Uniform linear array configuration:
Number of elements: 4
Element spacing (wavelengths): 0.5
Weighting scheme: uniform
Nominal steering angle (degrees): -15
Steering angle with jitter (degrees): -14.134
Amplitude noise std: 0.05
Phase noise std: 0.05

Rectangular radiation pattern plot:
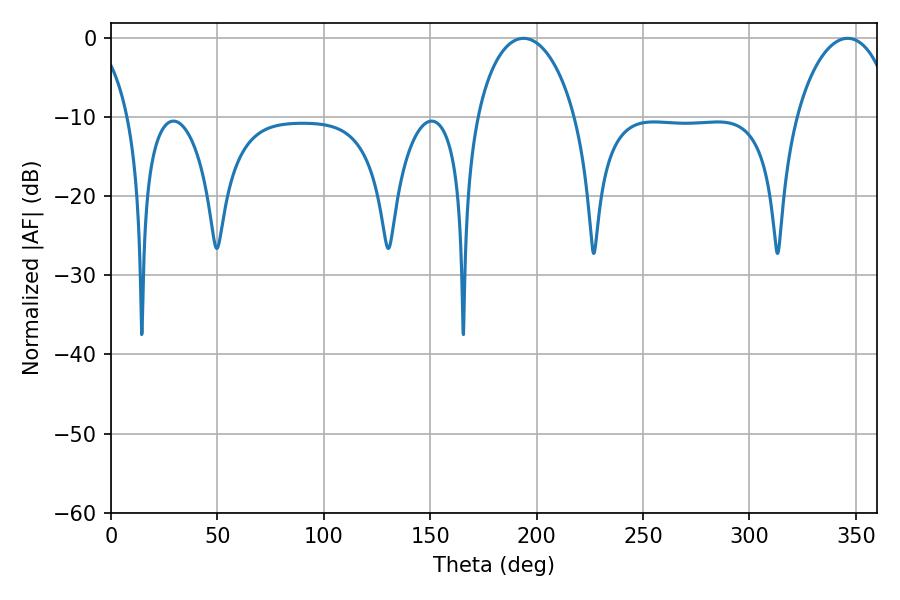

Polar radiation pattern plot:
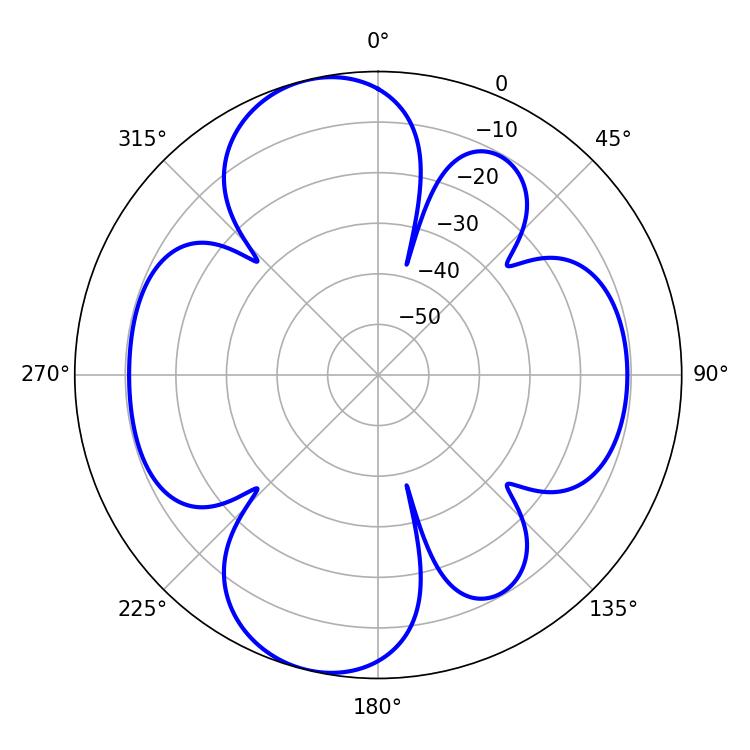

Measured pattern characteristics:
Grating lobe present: FALSE
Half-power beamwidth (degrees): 26.64
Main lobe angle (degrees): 193.86